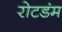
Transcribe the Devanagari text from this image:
रोटडंम